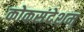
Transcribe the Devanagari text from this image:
कोकसंदेशम्